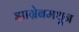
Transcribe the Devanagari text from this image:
झाग्रेबमधून